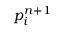
p _ { i } ^ { n + 1 }